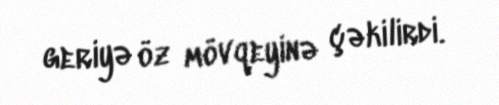
geriyə öz mövqeyinə çəkilirdi.